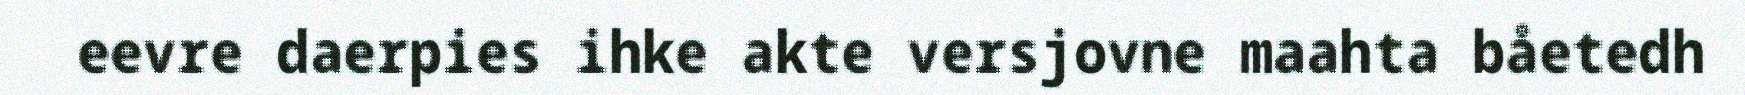
eevre daerpies ihke akte versjovne maahta båetedh